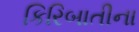
કિરિબાતીના